Annual report on the mental hospital in the Central Provinces and Berar (Nagpur) - 1927-1951
Year: 1927
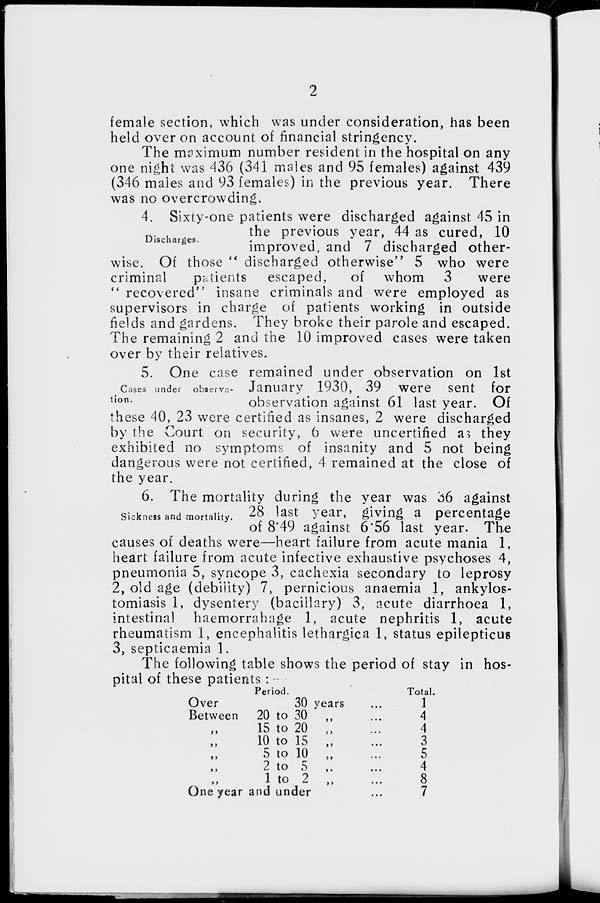
2
female section, which was under consideration, has been
held over on account of financial stringency.
The maximum number resident in the hospital on any
one night was 436 (341 males and 95 females) against 439
(346 males and 93 females) in the previous year. There
was no overcrowding.
Discharges.
4. Sixty-one patients were discharged against 45 in
the previous year, 44 as cured, 10
improved, and 7 discharged other-
wise. Of those " discharged otherwise" 5 who were
criminal
patients escaped,
of whom 3
were
" recovered" insane criminals and were employed as
supervisors in charge of patients working in outside
fields and gardens. They broke their parole and escaped.
The remaining 2 and the 10 improved cases were taken
over by their relatives.
Cases under observa-
tion.
5. One case remained under observation on 1st
January 1930, 39 were sent for
observation against 61 last year. Of
these 40, 23 were certified as insanes, 2 were discharged
by the Court on security, 6 were uncertified as they
exhibited no symptoms of insanity and 5 not being
dangerous were not certified, 4 remained at the close of
the year.
Sickness and mortality.
6. The mortality during the year was 36 against
28 last year, giving a percentage
of 8.49 against 6.56 last year. The
causes of deaths were—heart failure from acute mania 1,
heart failure from acute infective exhaustive psychoses 4,
pneumonia 5, syncope 3, cachexia secondary to leprosy
2, old age (debility) 7, pernicious anaemia 1, ankylos-
tomiasis 1, dysentery (bacillary) 3, acute diarrhoea 1,
intestinal haemorrahage 1, acute nephritis 1, acute
rheumatism 1, encephalitis lethargica 1, status epilepticus
3, septicaemia 1.
The following table shows the period of stay in hos-
pital of these patients :
Over
Between
„
„
„
„
„
Period.
30 years ...
20 to 30
„
...
15 to 20 „ ...
10 to 15 „ ...
5 to 10 „ ...
2 to 5 „ ...
1 to 2 „ ...
One year and under
Total.
1
4
4
3
5
4
8
7